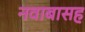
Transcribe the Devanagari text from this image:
नवाबासह